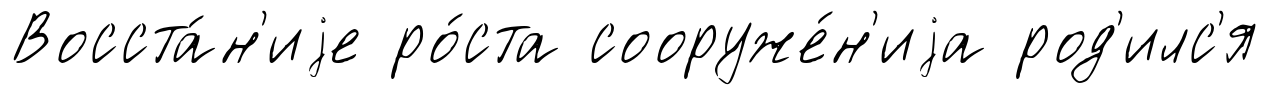
Восста́н'иjе ро́ста сооруже́н'иjа род'илс'я